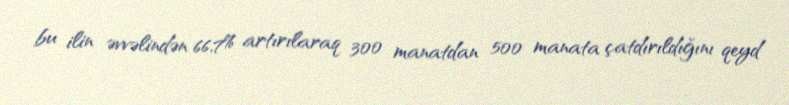
bu ilin əvvəlindən 66,7% artırılaraq 300 manatdan 500 manata çatdırıldığını qeyd